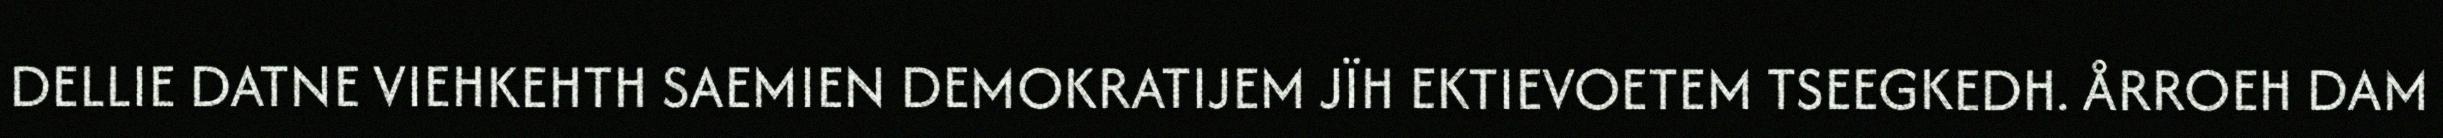
DELLIE DATNE VIEHKEHTH SAEMIEN DEMOKRATIJEM JÏH EKTIEVOETEM TSEEGKEDH. ÅRROEH DAM